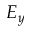
E _ { y }